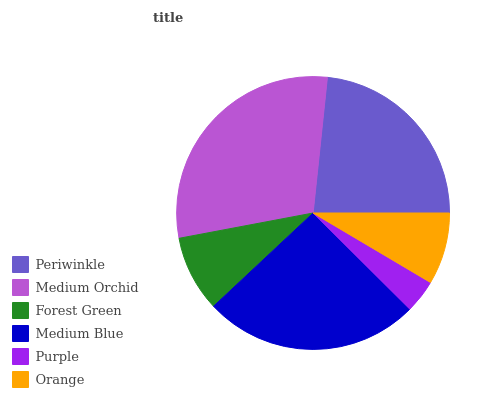
| Periwinkle | Medium Orchid | Forest Green | Medium Blue | Purple | Orange |
 | --- | --- | --- | --- | --- | --- |
 | 23.4% | 29.6% | 9.02% | 25.6% | 3.94% | 8.49% |